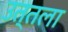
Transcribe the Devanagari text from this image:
उत्तला